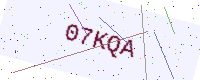
Text: 07KQA